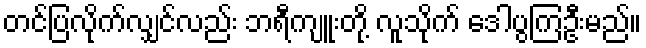
တင်ပြလိုက်လျှင်လည်း ဘရီကျူးတို့ လူသိုက် ဒေါပွကြဦးမည်။